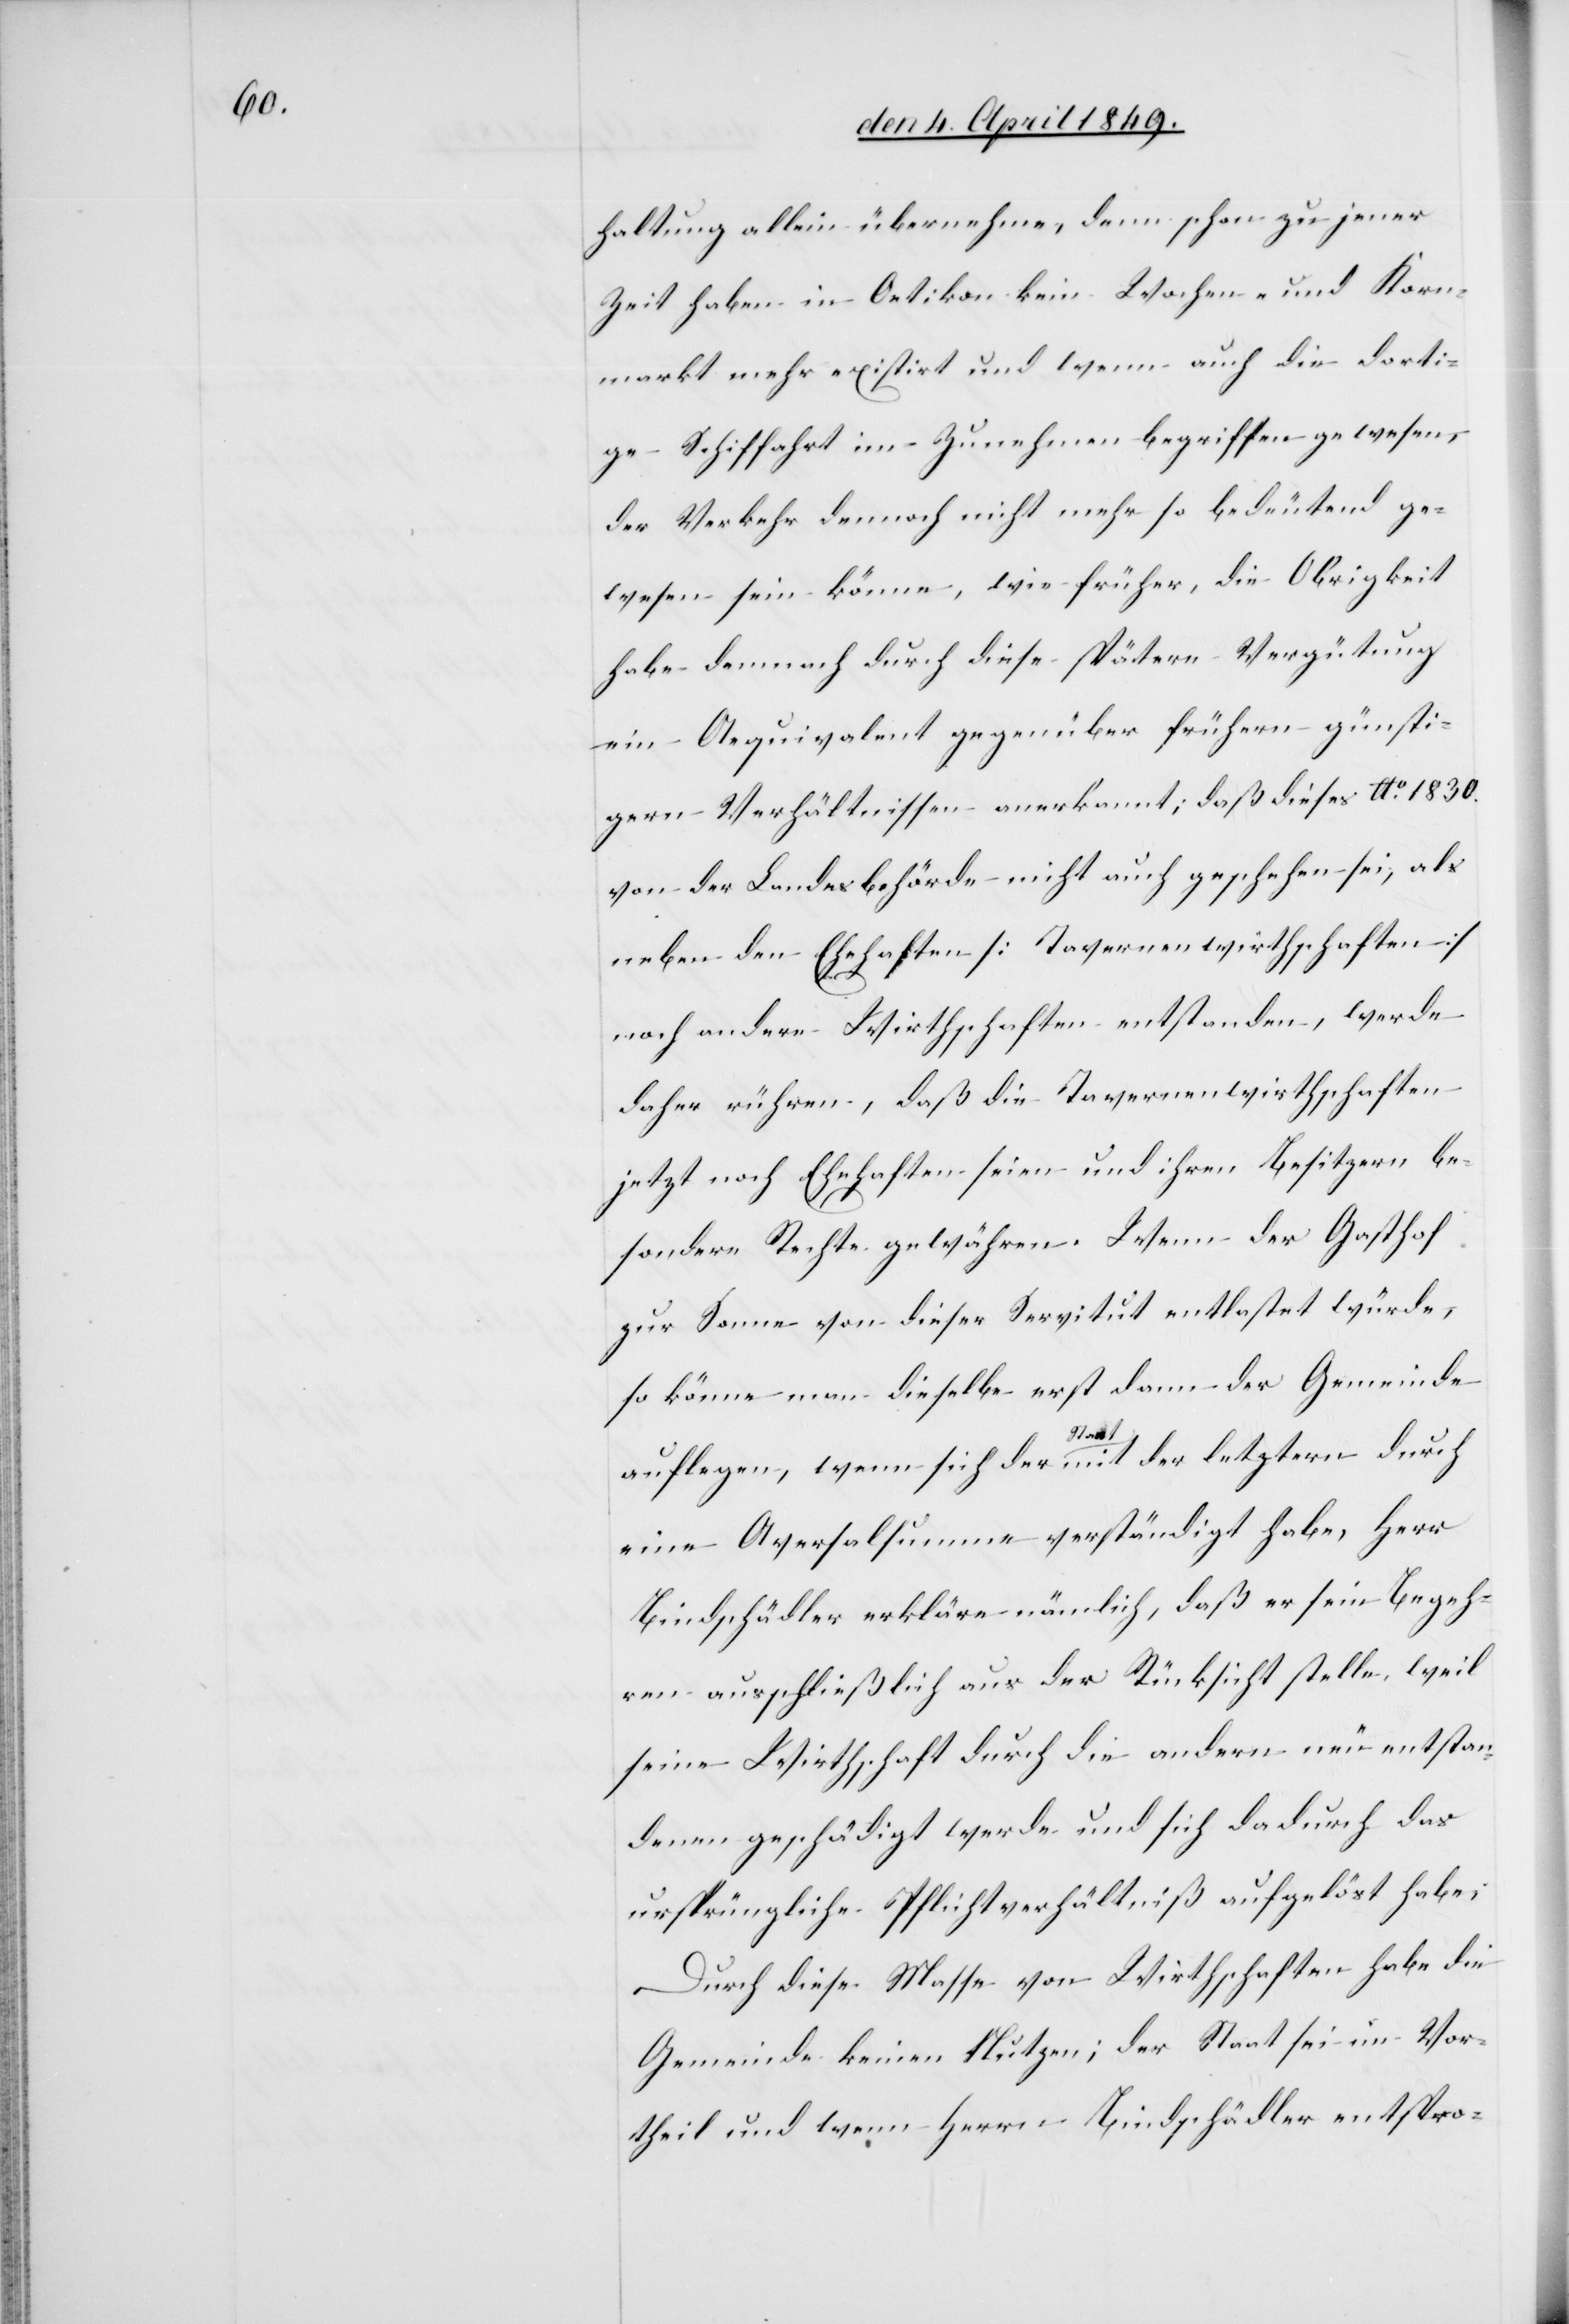
haltung allein übernehme, denn schon zu jener
Zeit haben in Oetikon kein Wochen- und Korn¬
markt mehr existirt und wenn auch die dorti¬
ge Schiffahrt im Zunehmen begriffen gewesen,
der Verkehr dennoch nicht mehr so bedeutend ge¬
wesen sein könne, wie früher, die Obrigkeit
habe demnach durch diese spätere Vergütung
ein Aequivalent gegenüber frühern günsti¬
gern Verhältnissen anerkannt; daß dieses Ao 1830.
von der Landesbehörde nicht auch geschehen sei, als
neben den Ehehaften [Tavernenwirthschaften]
noch andere Wirthschaften entstanden, werde
daher rühren, daß die Tavernenwirthschaften
jetzt noch Ehehaften seien und ihren Besitzern be¬
sondere Rechte gewähren. Wenn der Gasthof
zur Sonne von dieser Servitut entlastet würde,
so könne man dieselbe erst dann der Gemeinde
auflegen, wenn sich der Staat mit der letztern durch
eine Aversalsumme verständigt habe, Herr
Bindschädler erkläre nämlich, daß er sein Begeh¬
ren ausschließlich aus der Rücksicht stelle, weil
seine Wirthschaft durch die andern neu entstan¬
denen geschädigt werde und sich dadurch das
ursprüngliche Pflichtverhältniß aufgelöst habe;
Durch diese Masse von Wirthschaften habe die
Gemeinde keinen Nutzen; der Staat sei im Vor¬
theil und wenn Herrn Bindschädler entspro-